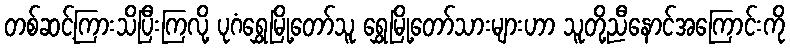
တစ်ဆင့်ကြားသိပြီးကြလို့ ပုဂံရွှေမြို့တော်သူ ရွှေမြို့တော်သားများဟာ သူတို့ညီနောင်အကြောင်းကို